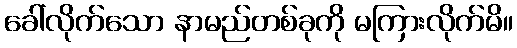
ခေါ်လိုက်သော နာမည်တစ်ခုကို မကြားလိုက်မိ။